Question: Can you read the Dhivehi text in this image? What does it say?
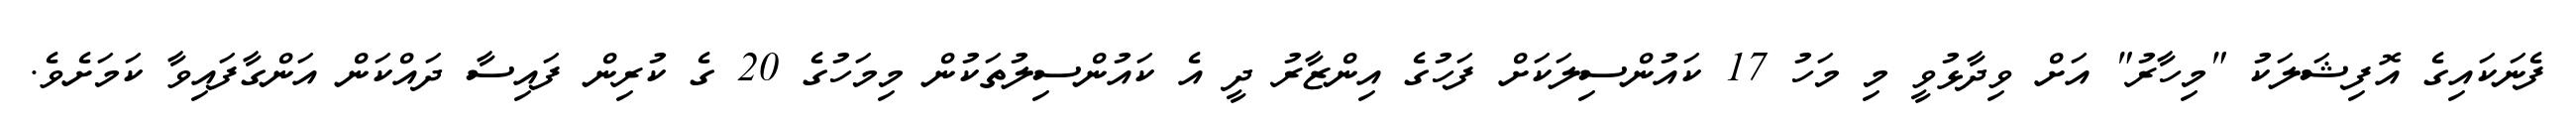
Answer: ފެނަކައިގެ އޮފިޝަލަކު "މިހާރު" އަށް ވިދާޅުވީ މި މަހު 17 ކައުންސިލަކަށް ފަހުގެ އިންޒާރު ދީ އެ ކައުންސިލުތަކުން މިމަހުގެ 20 ގެ ކުރިން ފައިސާ ދައްކަން އަންގާފައިވާ ކަމަށެވެ.